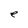
Character: e